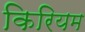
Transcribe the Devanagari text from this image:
किरियम